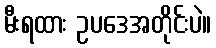
မီးရထား ဥပဒေအတိုင်းပဲ။